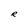
Character: R